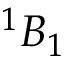
{ } ^ { 1 } B _ { 1 }